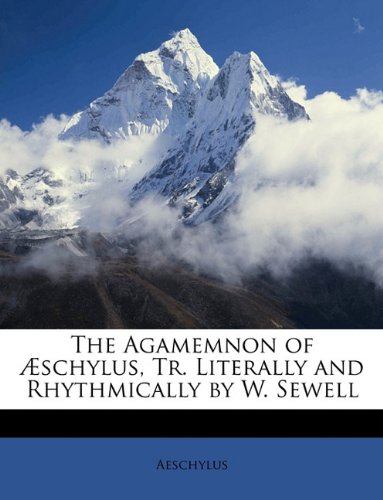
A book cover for The Agamemnon of ÃEschylus, Tr. Literally and Rhythmically by W. Sewell; Aeschylus; Literature & Fiction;